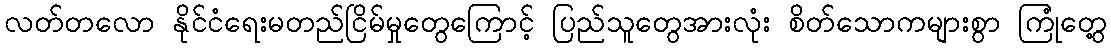
လတ်တလော နိုင်ငံရေးမတည်ငြိမ်မှုတွေကြောင့် ပြည်သူတွေအားလုံး စိတ်သောကများစွာ ကြုံတွေ့